Report on vaccination in Madras 1904-1921 - 1904-1921
Year: 1904
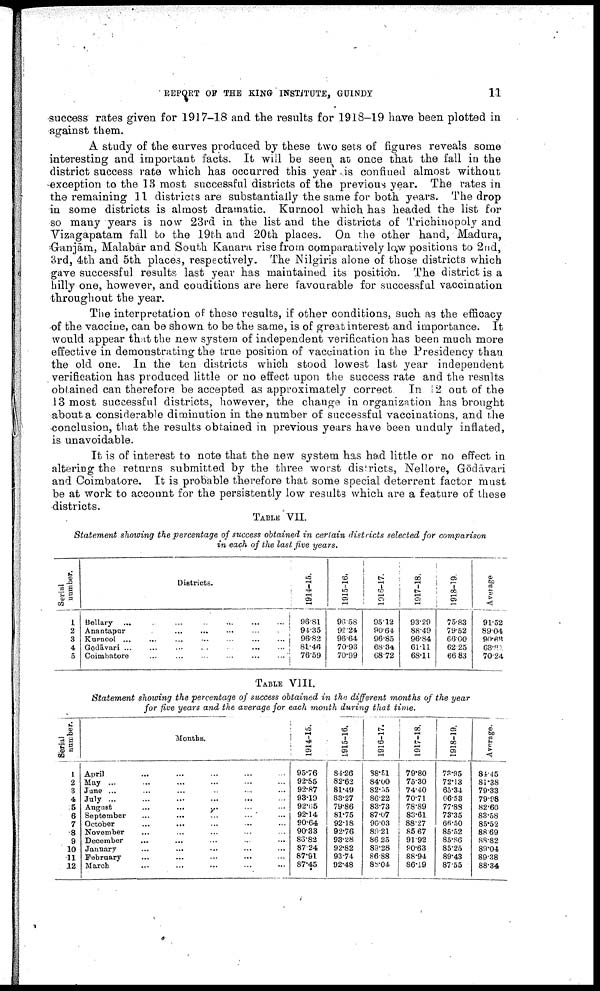
REPORT OF THE KING INSTITUTE, GUINDY
11
success rates given for 1917-18 and the results for 1918-19 have been plotted in
against them.
A study of the curves produced by these two sets of figures reveals some
interesting and important facts. It will be seen at once that the fall in the
district success rate which has occurred this year is confined almost without
exception to the 13 most successful districts of the previous year. The rates in
the remaining 11 districts are substantially the same for both years. The drop
in some districts is almost dramatic. Kurnool which has headed the list for
so many years is now 23rd in the list and the districts of Trichinopoly and
Vizagapatam fall to the 19th and 20th places. On the other hand, Madura,
Gānjam, Malabār and South Kanara rise from comparatively low positions to 2nd,
3rd, 4th and 5th places, respectively. The Nilgiris alone of those districts which
gave successful results last year has maintained its position. The district is a
hilly one, however, and conditions are here favourable for successful vaccination
throughout the year.
The interpretation of these results, if other conditions, such as the efficacy
of the vaccine, can be shown to be the same, is of great interest and importance. It
would appear that the new system of independent verification has been much more
effective in demonstrating the true position of vaccination in the Presidency than
the old one. In the ten districts which stood lowest last year independent
verification has produced little or no effect upon the success rate and the results
obtained can therefore be accepted as approximately correct. In 12 out of the
13 most successful districts, however, the change in organization has brought
about a considerable diminution in the number of successful vaccinations, and the
conclusion, that the results obtained in previous years have been unduly inflated,
is unavoidable.
It is of interest to note that the new system has had little or no effect in
altering the returns submitted by the three worst districts, Nellore, Gōdavari
and Coimbatore. It is probable therefore that some special deterrent factor must
be at work to account for the persistently low results which are a feature of these
districts.
TABLE VII.
Statement showing the percentage of success obtained in certain districts selected for comparison
in each of the last five years.
Serial
number.
1
2
3
4
5
Districts.
Bellary
...
...
...
...
...
...
...
Anantapur ... ... ... ... ... ... ...
Kurnool
...
...
...
...
...
...
...
...
Gōdāvari
...
...
...
...
...
...
...
Coimbatore
...
...
...
...
...
...
...
1914-15.
96.81
94.35
96.82
81.46
76.59
1915-16.
96.58
92.24.
96.64
70.93
70.99
1916-17.
95.12
90.64
96.85
68.34
68.72
1917-18.
93.29
88.49
96.84
61.11
68.11
1918-19.
75.83
79.52
66.00
62.25
66.83
Average
91.52
89.04
90.66
68.80
70.24
TABLE VIII.
Statement showing the percentage of success obtained in the different months of the year
for five years and the average for each month during that time.
Serial
number.
1
2
3
4
5
6
7
8
9
10
11
12
Months.
April ... ... ... ... ... ...
May ... ... ... ... ... ...
June ... ... ... ... ... ... ...
July ... ... ... ... ... ...
August ... ... ... ... ... ...
September ... ... ... ... ... ...
October ... ... ... ... ... ...
November ... ... ... ... ... ...
December ... ... ... ... ... ...
January ... ... ... ... ... ...
February ... ... ... ... ... ...
March ... ... ... ... ... ...
1914-15.
95.76
92.85
92.87
93.19
92.65
92.14
90.64
90.33
86.82
87.24
87.91
87.45
1915-16.
84.26
82.62
81.49
83.27
79.86
81.75
92.18
92.76
93.28
92.82
93.74
92.48
1916-17.
38.51
84.00
82.55
86.22
83.73
87.07
90.03
89.21
86.25
89.28
86.88
88.04
1917-18.
79.80
75.30
74.40
70.71
78.89
83.61
88.27
85.67
91.92
90.63
88.94
86.19
1918-19.
73.95
72.13
65.34
66.53
77.83
73.35
66.50
85.52
85.86
85.25
89.43
87.55
Average.
84.45
81.38
79.33
79.98
82.60
83.58
85.52
88.69
88.82
89.04
89.38
88.34